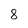
Character: 8